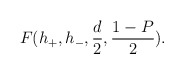
\begin{align*}F(h_+,h_-,\frac{d}{2},\frac{1-P}{2}).\end{align*}